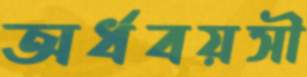
অর্ধবয়সী